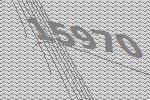
15970